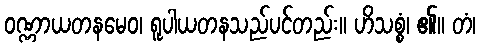
ဝဏ္ဏာယတနမေဝ၊ ရူပါယတနသည်ပင်တည်း။ ဟိသစ္စံ၊ ၏။ တံ၊